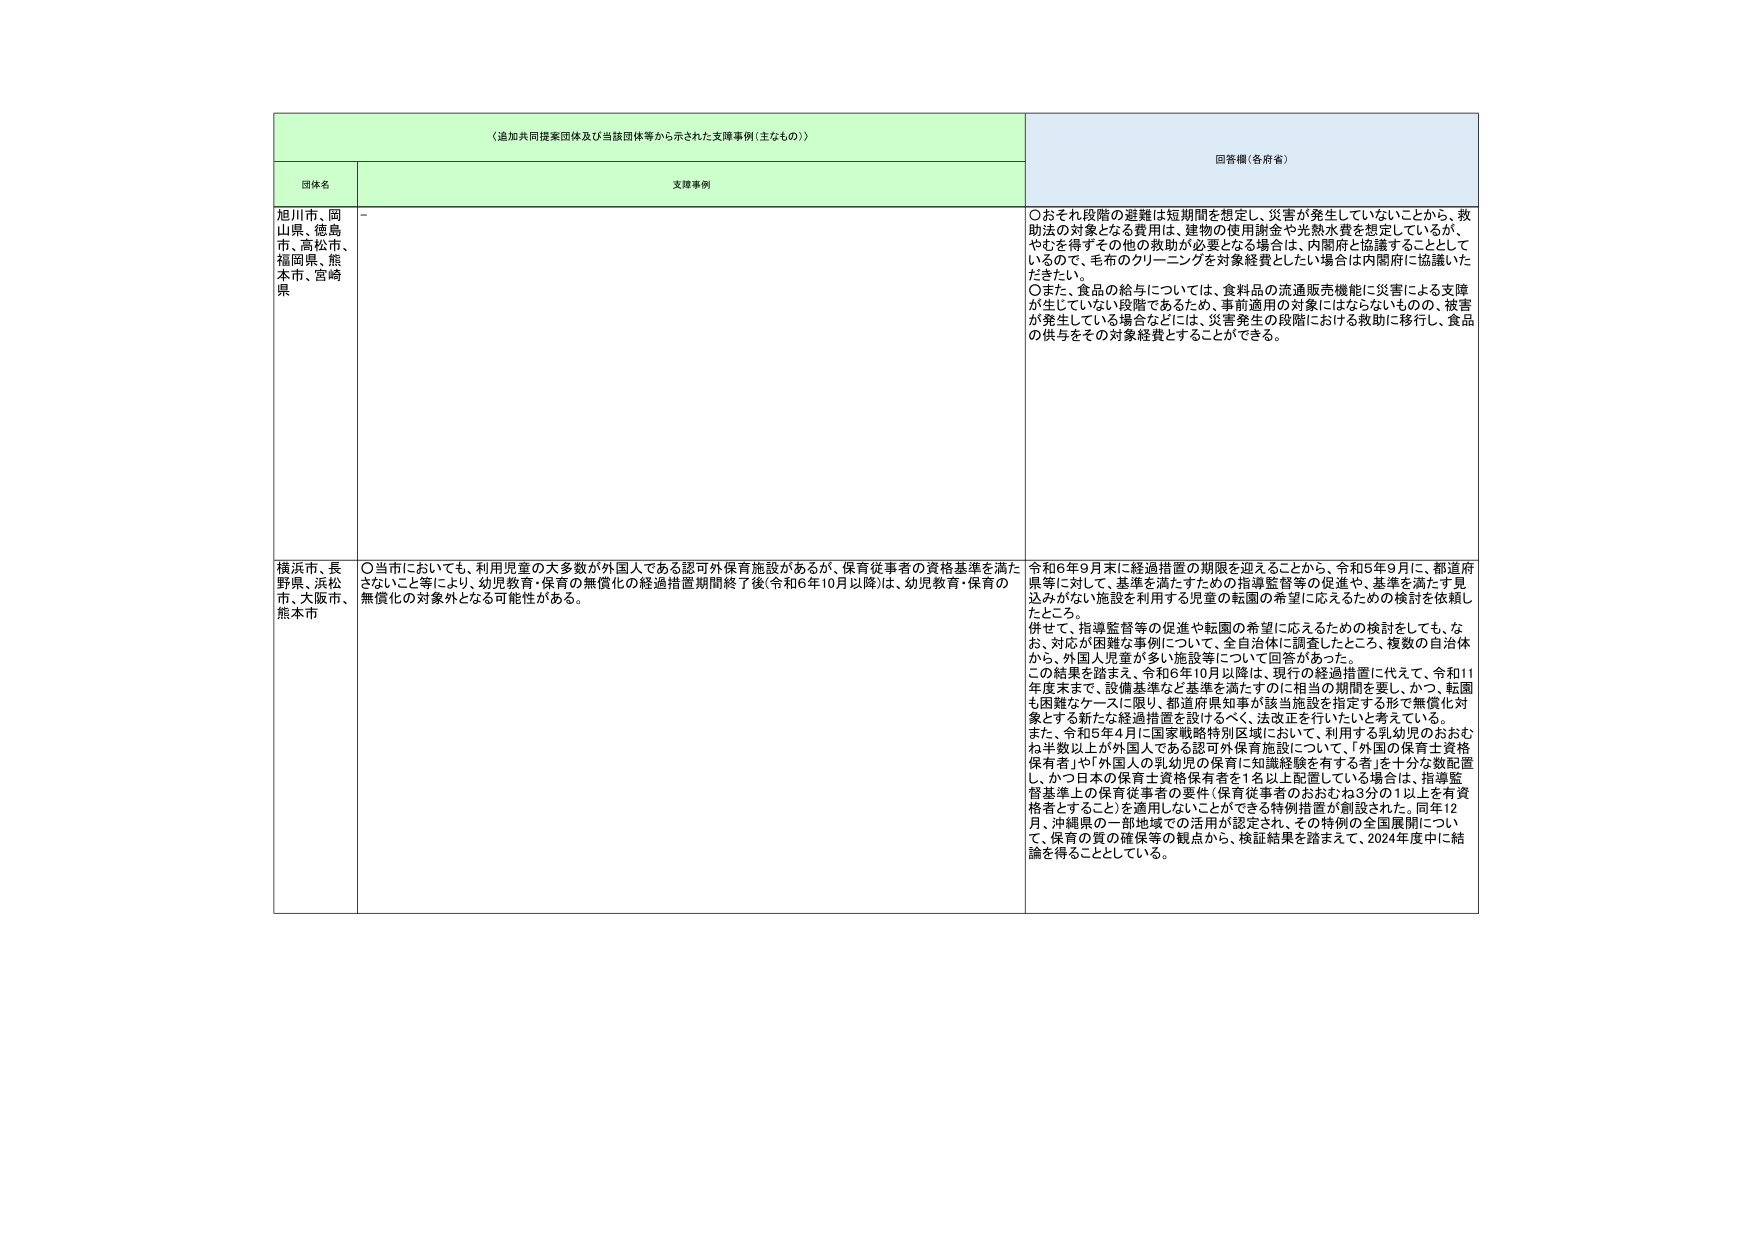
〈追加共同提案団体及び当該団体等から示された支援事例（主なもの）〉

団体名